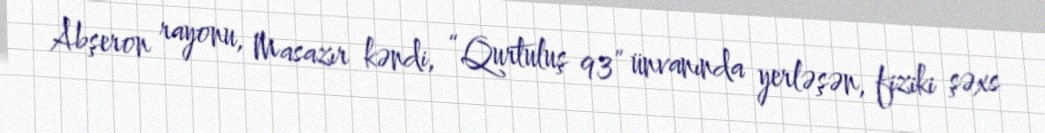
Abşeron rayonu, Masazır kəndi, “Qurtuluş 93” ünvanında yerləşən, fiziki şəxs